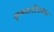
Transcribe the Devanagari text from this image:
कृष्णलीलागान